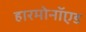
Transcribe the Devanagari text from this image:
हारमोनॉएड